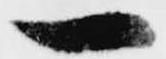
一